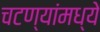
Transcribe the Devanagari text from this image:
चटण्यांमध्ये